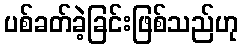
ပစ်ခတ်ခဲ့ခြင်းဖြစ်သည်ဟု